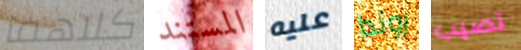
كلاهما المستند عليه روندا تصيب